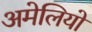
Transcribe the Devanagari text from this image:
अमेलियो